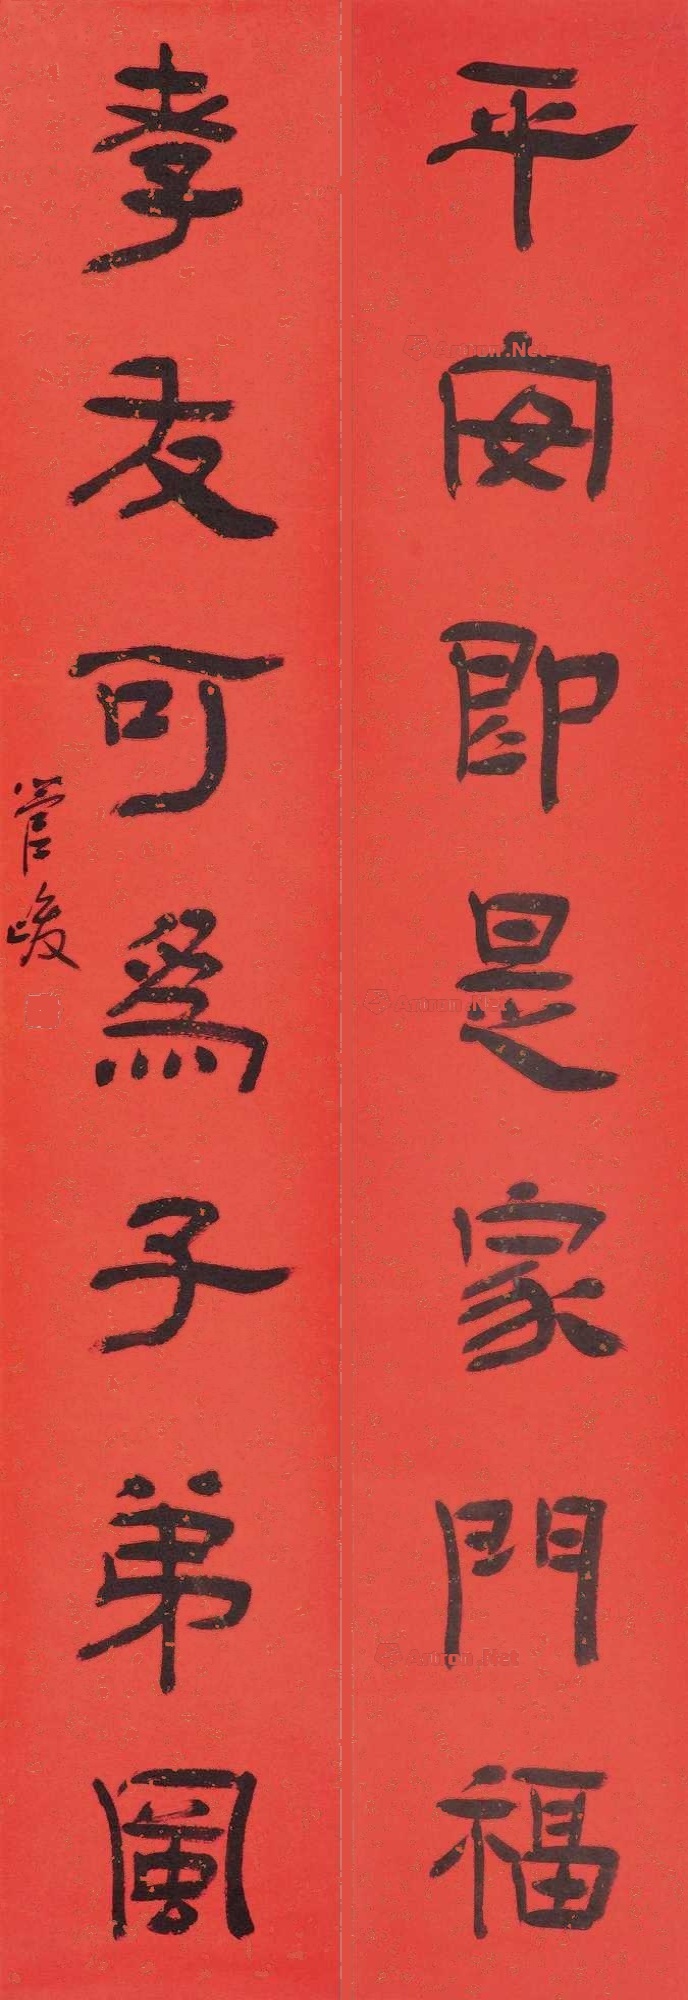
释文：平安即是家门福，孝友可为子弟风。管峻。